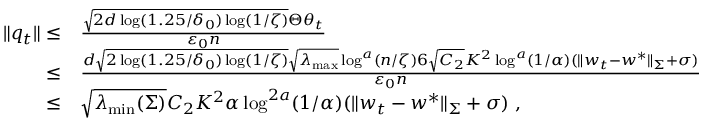
\begin{array} { r l } { \| q _ { t } \| \leq } & { \frac { \sqrt { 2 d \log ( 1 . 2 5 / \delta _ { 0 } ) \log ( 1 / \zeta ) } \Theta \theta _ { t } } { \varepsilon _ { 0 } n } } \\ { \leq } & { \frac { d \sqrt { 2 \log ( 1 . 2 5 / \delta _ { 0 } ) \log ( 1 / \zeta ) } \sqrt { \lambda _ { \operatorname* { m a x } } } \log ^ { a } ( n / \zeta ) 6 \sqrt { C _ { 2 } } K ^ { 2 } \log ^ { a } ( 1 / \alpha ) ( \| w _ { t } - w ^ { * } \| _ { \Sigma } + \sigma ) } { \varepsilon _ { 0 } n } } \\ { \leq } & { \sqrt { \lambda _ { \operatorname* { m i n } } ( \Sigma ) } C _ { 2 } K ^ { 2 } \alpha \log ^ { 2 a } ( 1 / \alpha ) ( \| w _ { t } - w ^ { * } \| _ { \Sigma } + \sigma ) \; , } \end{array}